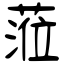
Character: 蒞